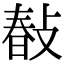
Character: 𢾎